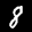
Label: 8